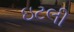
ઇટલી